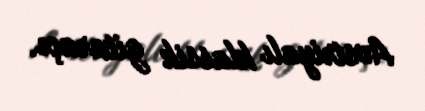
Avstriyalı klassik gitaraçı.